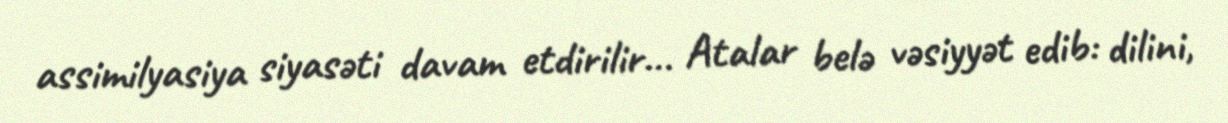
assimilyasiya siyasəti davam etdirilir... Atalar belə vəsiyyət edib: dilini,